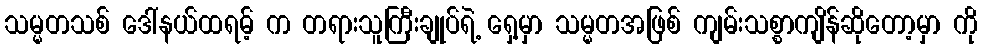
သမ္မတသစ် ဒေါ်နယ်ထရမ့် က တရားသူကြီးချုပ်ရဲ့ ရှေ့မှာ သမ္မတအဖြစ် ကျမ်းသစ္စာကျိန်ဆိုတော့မှာ ကို